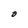
Character: O